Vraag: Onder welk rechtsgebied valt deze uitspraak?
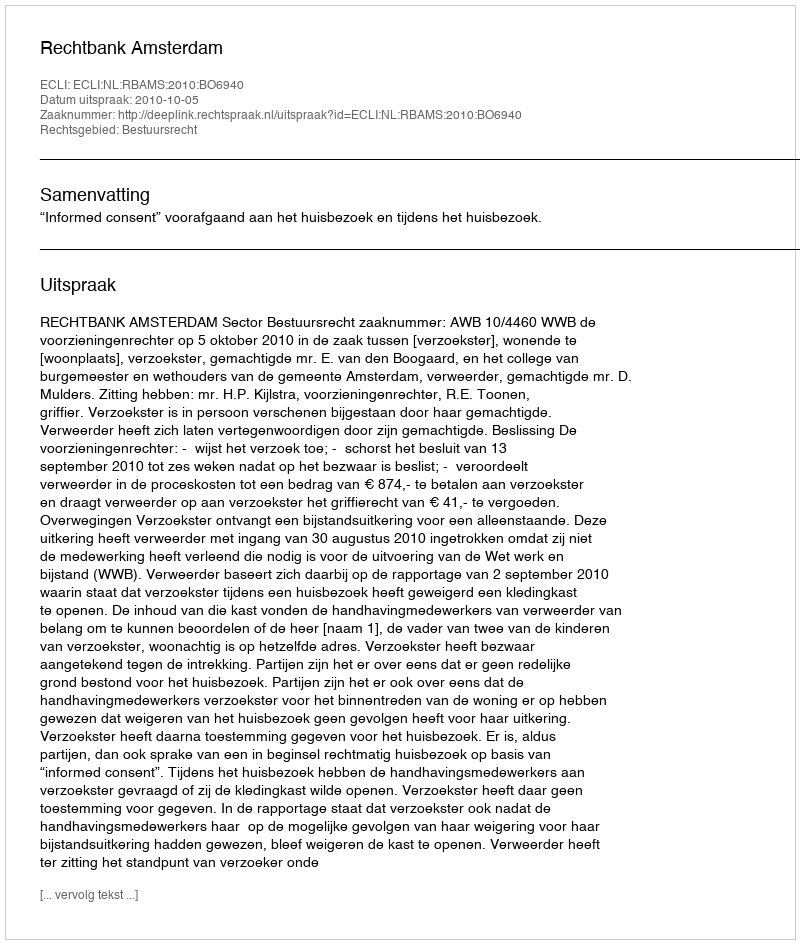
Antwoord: Bestuursrecht